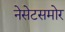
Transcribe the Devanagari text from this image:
नेसेटसमोर